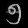
Digit: ၅